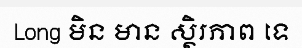
Long មិន មាន ស្ថិរភាព ទេ